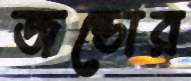
জন্ডোর